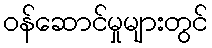
ဝန်ဆောင်မှုများတွင်